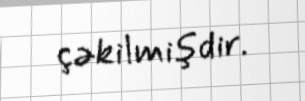
çəkilmişdir.